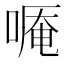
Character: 𠻒